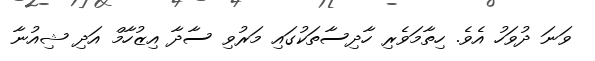
ވަނަ ދުވަހު އެވެ. ހިތާމަވެރި ހާދިސާތަކުގައި މަރުވި ސާދާ އިޒުހާމް އަދި ޝިއުނާ